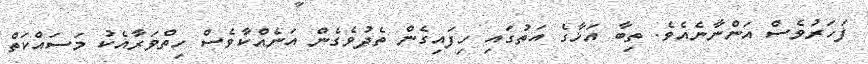
ފަހަރުވެސް އަންނާނެއެވެ. ތިބާ އަޚާގެ އަތުގައި ހިފައިގެން ތެދުވެގެން އަނެއްކާވެސް ހިތްވަރާއެކު މަސައްކަތް